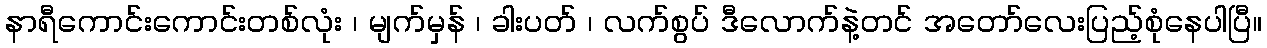
နာရီကောင်းကောင်းတစ်လုံး ၊ မျက်မှန် ၊ ခါးပတ် ၊ လက်စွပ် ဒီလောက်နဲ့တင် အတော်လေးပြည့်စုံနေပါပြီ။